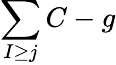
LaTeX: \sum\limits_{I\geq j}C-g